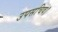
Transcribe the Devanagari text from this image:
उपसचिव।